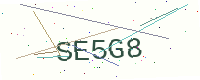
Text: SE5G8